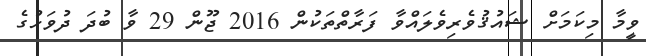
ވީމާ މިކަމަށް ޝައުޤުވެރިވެލައްވާ ފަރާތްތަކުން 2016 ޖޫން 29 ވާ ބުދަ ދުވަހުގެ